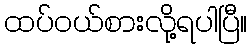
ထပ်ဝယ်စားလို့ရပါပြီ။